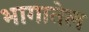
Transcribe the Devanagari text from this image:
भागातेल